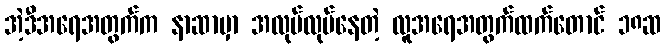
အဲ့ဒီအရေအတွက်က နာဆာမှာ အလုပ်လုပ်နေတဲ့ လူအရေအတွက်ထက်တောင် ၁၈ဆ